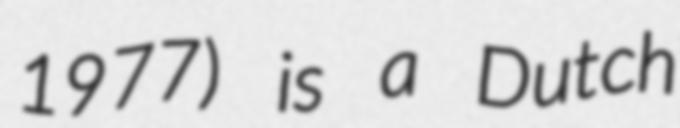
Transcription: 1977) is a Dutch